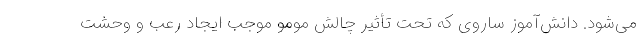
می‌شود. دانش‌آموز ساروی که تحت‌ تأثیر چالش مومو موجب ایجاد رعب و وحشت